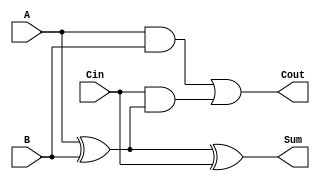
module full_adder (
    input wire A,       // First input bit
    input wire B,       // Second input bit
    input wire Cin,     // Carry-in bit
    output wire Sum,    // Resulting sum bit
    output wire Cout    // Carry-out bit
);

// Behavioral modeling of the full adder
assign Sum = A ^ B ^ Cin;                 // Sum is computed using XOR
assign Cout = (A & B) | (Cin & (A ^ B)); // Cout is computed using AND and OR

endmodule